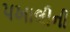
પખાલીની